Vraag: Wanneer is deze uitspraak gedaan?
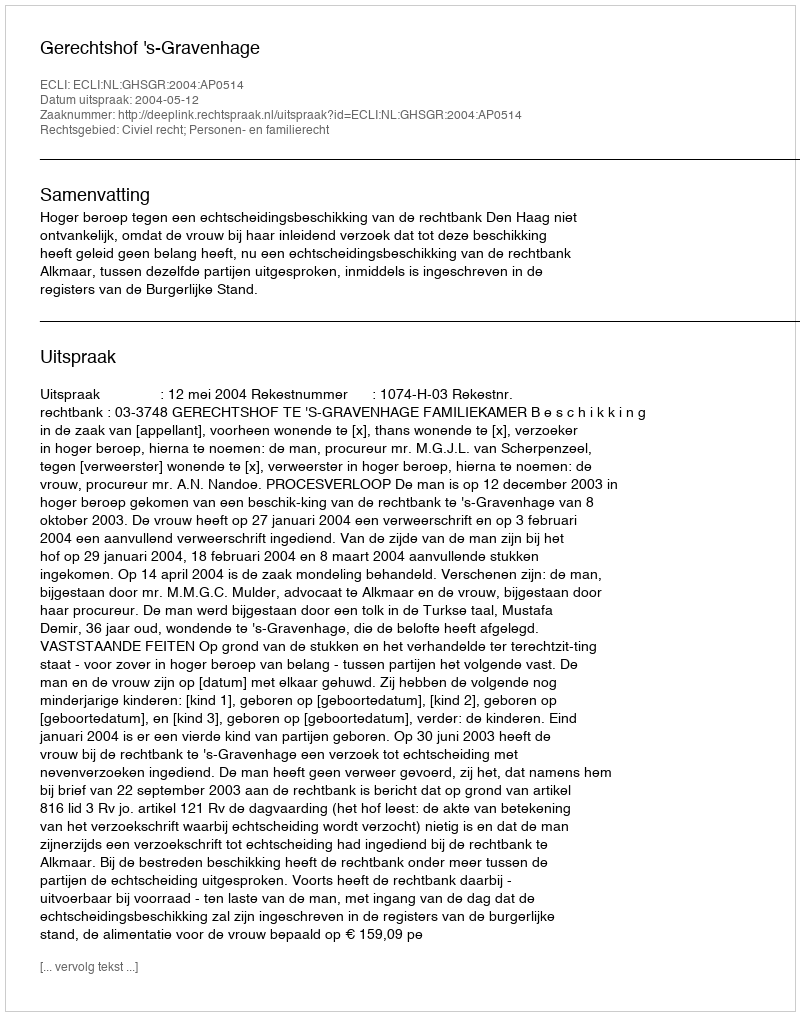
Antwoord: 2004-05-12